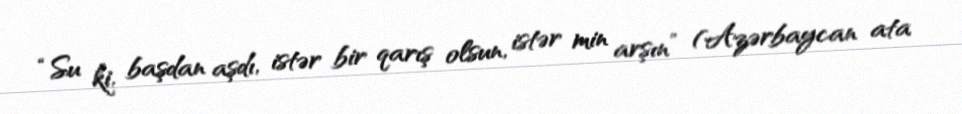
“Su ki, başdan aşdı, istər bir qarış olsun, istər min arşın” (Azərbaycan ata